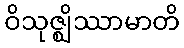
ဝိသုဇ္ဈိဿာမာတိ